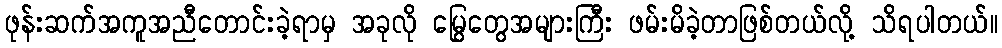
ဖုန်းဆက်အကူအညီတောင်းခဲ့ရာမှ အခုလို မြွေတွေအများကြီး ဖမ်းမိခဲ့တာဖြစ်တယ်လို့ သိရပါတယ်။